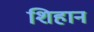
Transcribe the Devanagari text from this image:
शिहान